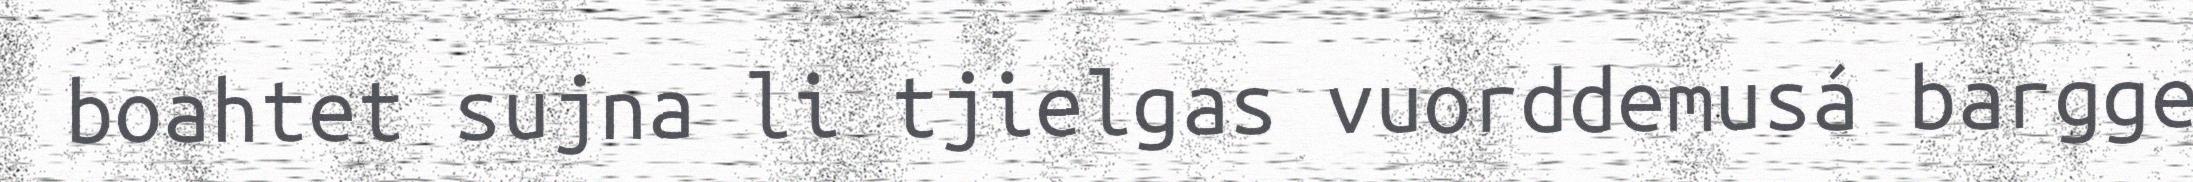
boahtet sujna li tjielgas vuorddemusá bargge